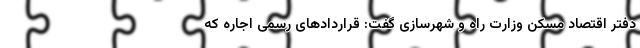
دفتر اقتصاد مسکن وزارت راه و شهرسازی گفت: قراردادهای رسمی اجاره که